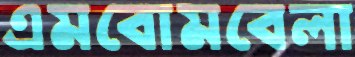
এমবোমবেলা